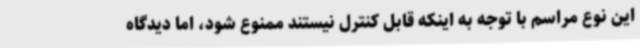
این نوع مراسم با توجه به اینکه قابل کنترل نیستند ممنوع شود، اما دیدگاه